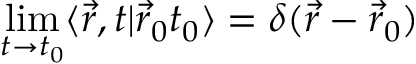
\operatorname * { l i m } _ { t \rightarrow t _ { 0 } } \langle \vec { r } , t \vert \vec { r } _ { 0 } t _ { 0 } \rangle = \delta ( \vec { r } - \vec { r } _ { 0 } )